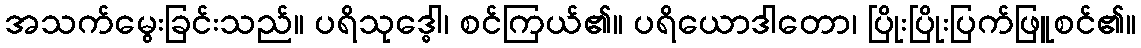
အသက်မွေးခြင်းသည်။ ပရိသုဒ္ဓေါ၊ စင်ကြယ်၏။ ပရိယောဒါတော၊ ပြိုးပြိုးပြက်ဖြူစင်၏။